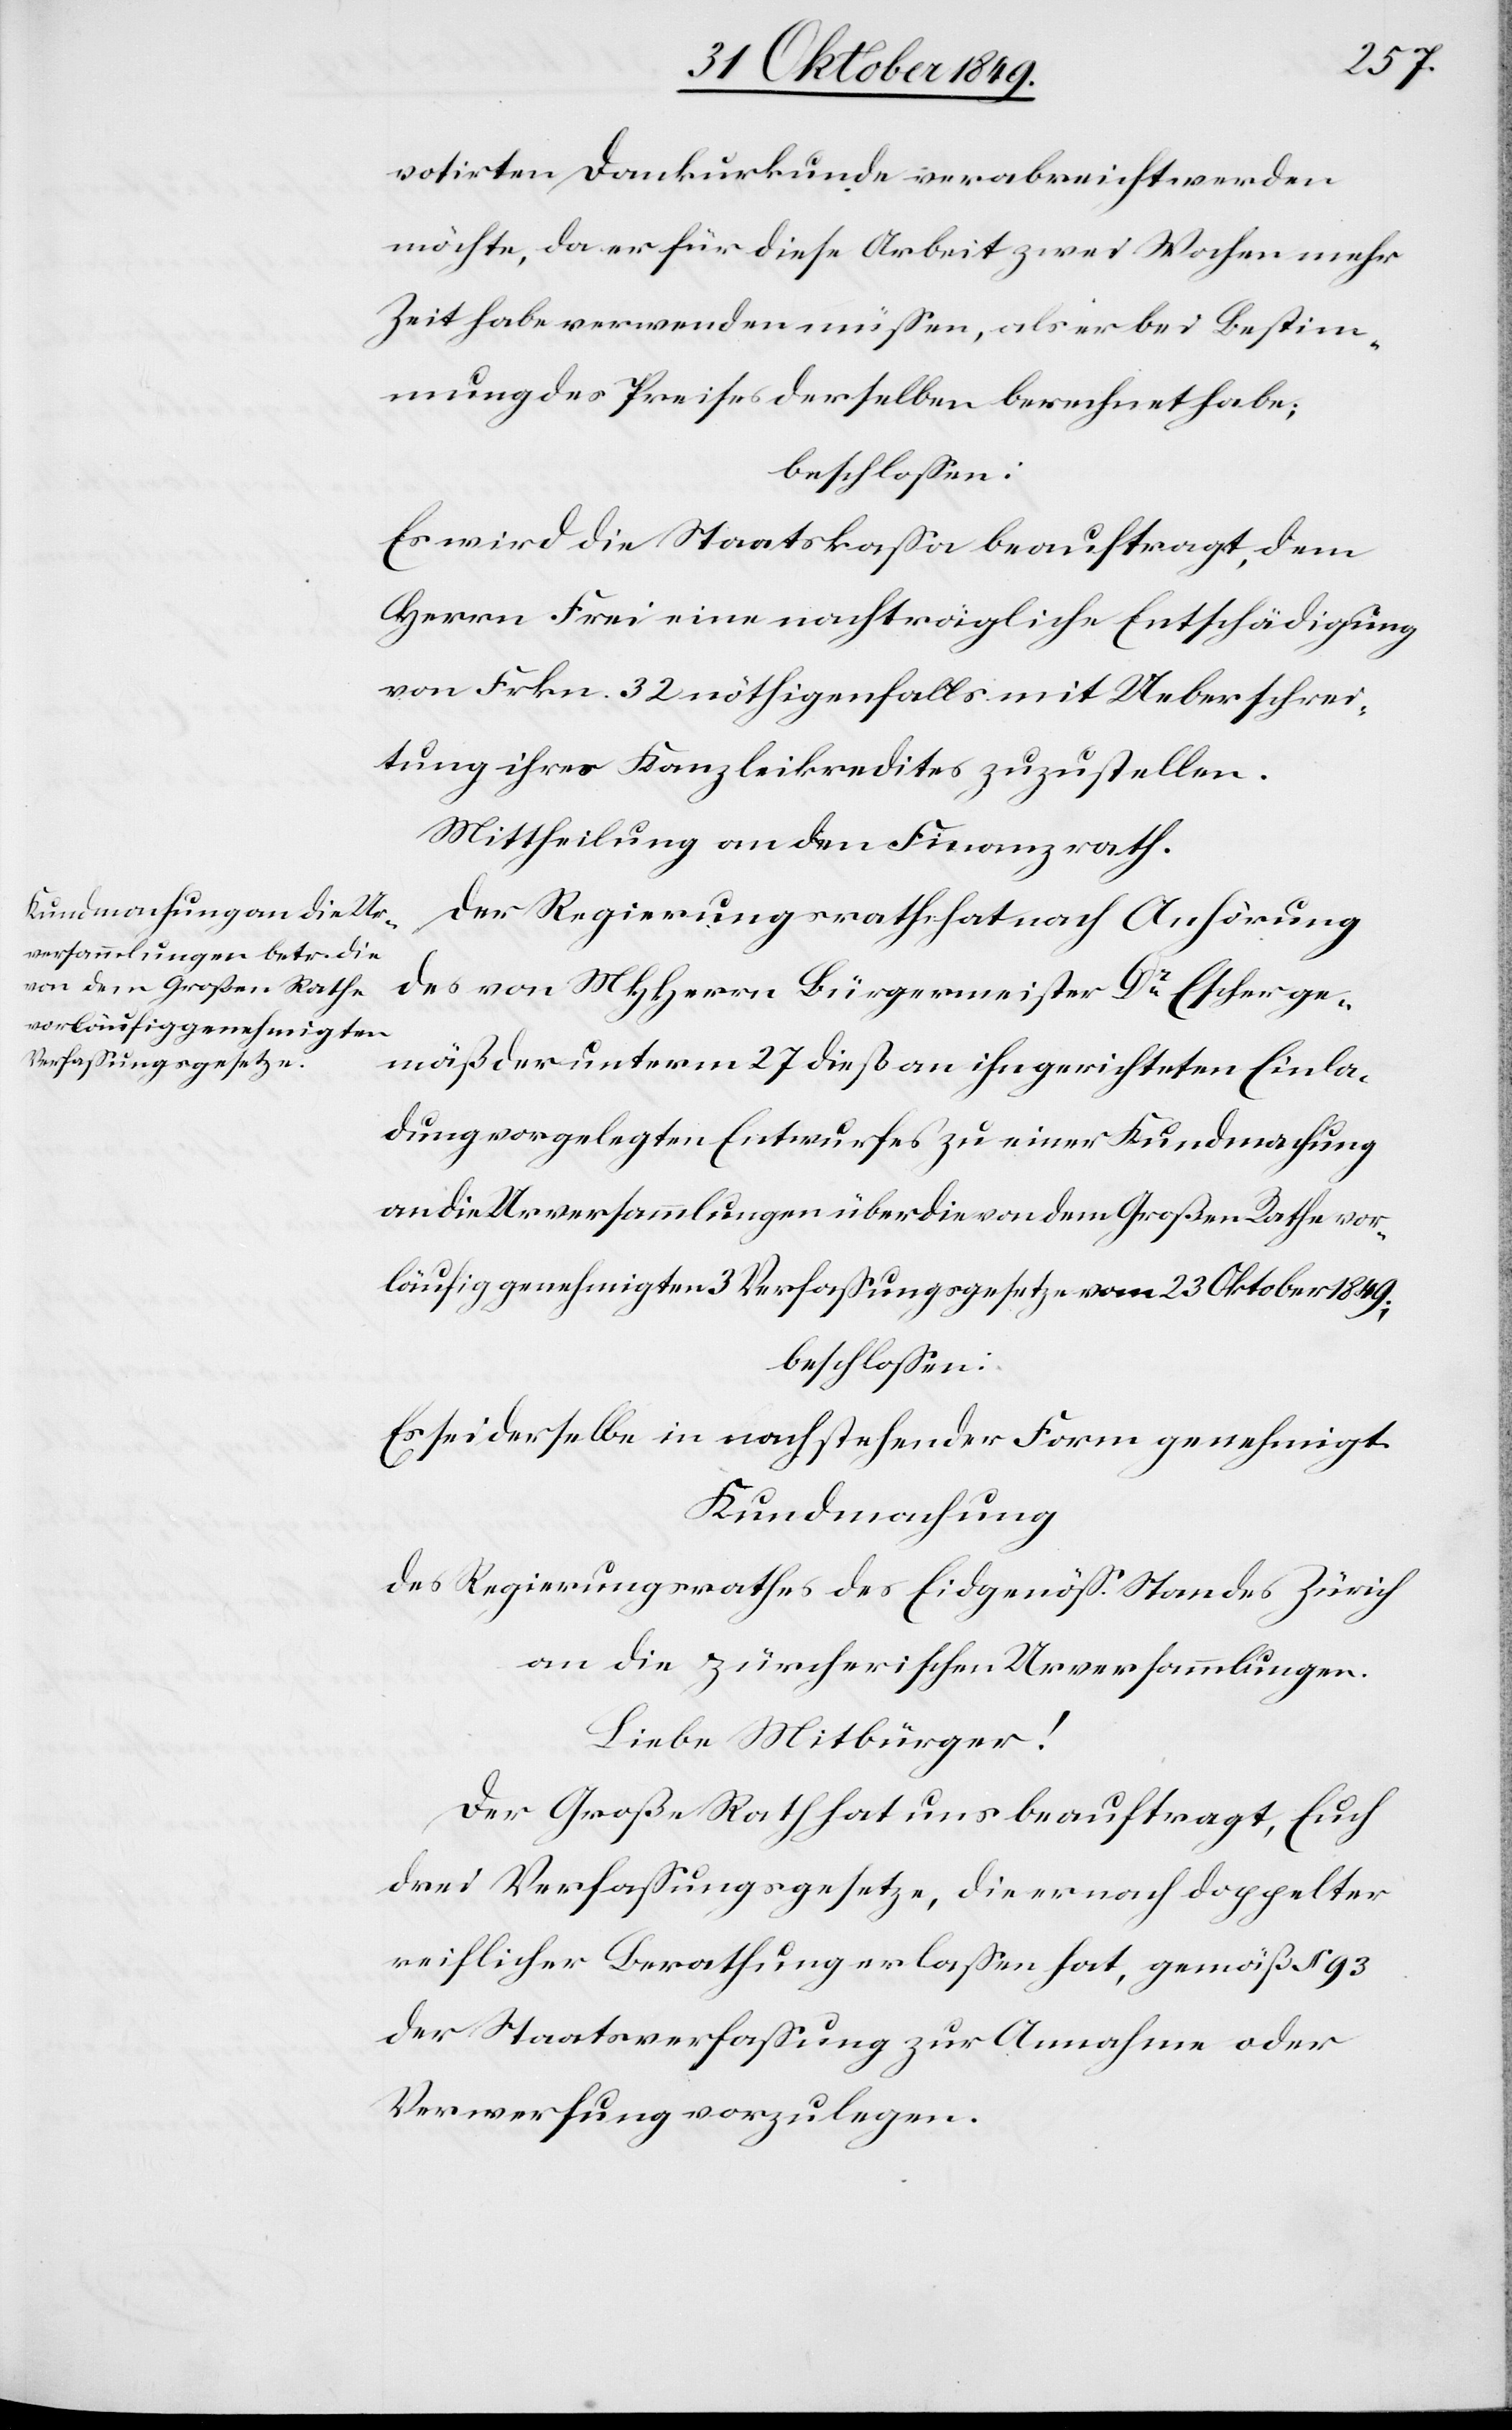
votirten Dankurkunde verabreicht werden
möchte, da er für diese Arbeit zwei Wochen mehr
Zeit habe verwenden müßen, als er bei Bestim¬
mung des Preises derselben berechnet habe;
beschloßen:
Es wird die Staatskaßa beauftragt, dem
Herrn Frei eine nachträgliche Entschädigung
von Frkn. 32 nöthigenfalls mit Ueberschrei¬
tung ihres Kanzleikredites, zuzustellen.
Der Regierungsrath hat nach Anhörung
des von MHHerrn Bürgermeister Dr Escher ge¬
mäß der unterm 27 dieß an ihn gerichteten Einla¬
dung vorgelegten Entwurfes zu einer Kundmachung
an die Urversammlungen über die von dem Großen Rathe vor¬
läufig genehmigten 3 Verfaßungsgesetze vom 23 Oktober 1849;
beschloßen:
Es sei derselbe in nachstehender Form genehmigt.
Kundmachung
des Regierungsrathes des Eidgenöß. Standes Zürich
an die zürcherischen Urversammlungen.
Liebe Mitbürger!
Der Große Rath hat uns beauftragt, Euch
drei Verfaßungsgesetze, die er nach doppelter
reiflicher Berathung erlaßen hat, gemäß § 93
der Staatsverfaßung zur Annahme oder
Verwerfung vorzulegen.